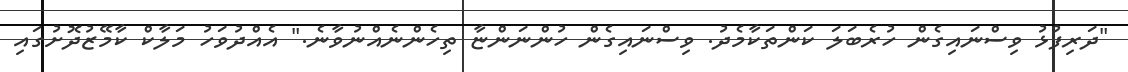
"ދަރިފުޅު ވިސްނައިގެން ހުރެބަލަ ކަންތަކާމެދު. ވިސްނައިގެން ހުންނަންޏާ ތިހެންނެއްނުވާނެ." އެއްދުވަހު މަލާކް ކާމޭޒުދޮށުގައި